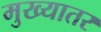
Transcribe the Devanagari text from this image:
मुख्यातर